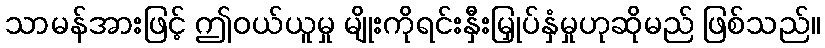
သာမန်အားဖြင့် ဤဝယ်ယူမှု မျိုးကိုရင်းနှီးမြှုပ်နှံမှုဟုဆိုမည် ဖြစ်သည်။